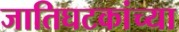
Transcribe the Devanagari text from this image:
जातिघटकांच्या